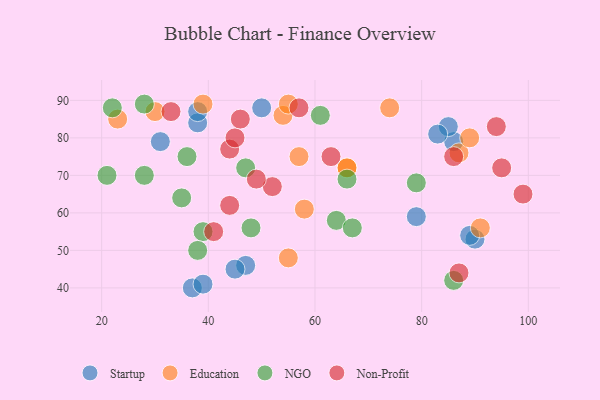
{"axis": {"x": "GDP", "y": "Life Expectancy"}, "legend": ["Education", "NGO", "Non-Profit", "Startup"], "data": [{"x": "86", "y": 79, "type": "Startup"}, {"x": "38", "y": 84, "type": "Startup"}, {"x": "85", "y": 83, "type": "Startup"}, {"x": "83", "y": 81, "type": "Startup"}, {"x": "47", "y": 46, "type": "Startup"}, {"x": "50", "y": 88, "type": "Startup"}, {"x": "31", "y": 79, "type": "Startup"}, {"x": "90", "y": 53, "type": "Startup"}, {"x": "79", "y": 59, "type": "Startup"}, {"x": "45", "y": 45, "type": "Startup"}, {"x": "37", "y": 40, "type": "Startup"}, {"x": "39", "y": 41, "type": "Startup"}, {"x": "38", "y": 87, "type": "Startup"}, {"x": "89", "y": 54, "type": "Startup"}, {"x": "58", "y": 61, "type": "Education"}, {"x": "55", "y": 48, "type": "Education"}, {"x": "66", "y": 72, "type": "Education"}, {"x": "54", "y": 86, "type": "Education"}, {"x": "55", "y": 89, "type": "Education"}, {"x": "57", "y": 75, "type": "Education"}, {"x": "66", "y": 72, "type": "Education"}, {"x": "74", "y": 88, "type": "Education"}, {"x": "87", "y": 76, "type": "Education"}, {"x": "91", "y": 56, "type": "Education"}, {"x": "39", "y": 89, "type": "Education"}, {"x": "23", "y": 85, "type": "Education"}, {"x": "30", "y": 87, "type": "Education"}, {"x": "89", "y": 80, "type": "Education"}, {"x": "21", "y": 70, "type": "NGO"}, {"x": "79", "y": 68, "type": "NGO"}, {"x": "39", "y": 55, "type": "NGO"}, {"x": "48", "y": 56, "type": "NGO"}, {"x": "64", "y": 58, "type": "NGO"}, {"x": "28", "y": 89, "type": "NGO"}, {"x": "35", "y": 64, "type": "NGO"}, {"x": "66", "y": 69, "type": "NGO"}, {"x": "86", "y": 42, "type": "NGO"}, {"x": "47", "y": 72, "type": "NGO"}, {"x": "28", "y": 70, "type": "NGO"}, {"x": "38", "y": 50, "type": "NGO"}, {"x": "36", "y": 75, "type": "NGO"}, {"x": "61", "y": 86, "type": "NGO"}, {"x": "22", "y": 88, "type": "NGO"}, {"x": "67", "y": 56, "type": "NGO"}, {"x": "44", "y": 77, "type": "Non-Profit"}, {"x": "86", "y": 75, "type": "Non-Profit"}, {"x": "87", "y": 44, "type": "Non-Profit"}, {"x": "95", "y": 72, "type": "Non-Profit"}, {"x": "99", "y": 65, "type": "Non-Profit"}, {"x": "45", "y": 80, "type": "Non-Profit"}, {"x": "63", "y": 75, "type": "Non-Profit"}, {"x": "41", "y": 55, "type": "Non-Profit"}, {"x": "52", "y": 67, "type": "Non-Profit"}, {"x": "46", "y": 85, "type": "Non-Profit"}, {"x": "44", "y": 62, "type": "Non-Profit"}, {"x": "57", "y": 88, "type": "Non-Profit"}, {"x": "33", "y": 87, "type": "Non-Profit"}, {"x": "94", "y": 83, "type": "Non-Profit"}, {"x": "49", "y": 69, "type": "Non-Profit"}]}